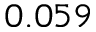
0 . 0 5 9